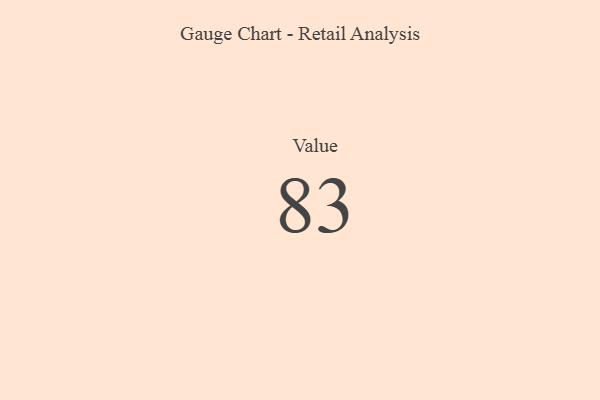
{"axis": {"x": "Metric", "y": "Value"}, "legend": [""], "data": [{"x": "Value", "y": 83, "type": ""}]}